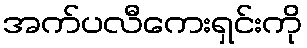
အက်ပလီကေးရှင်းကို